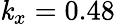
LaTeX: \mathit{k}_{x}=0.48